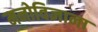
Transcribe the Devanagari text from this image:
मनोविज्ञाना